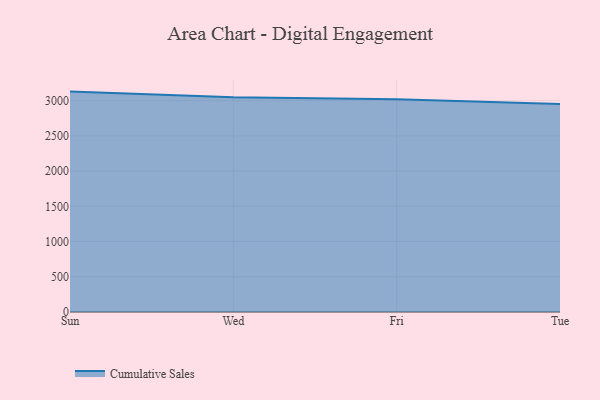
{"axis": {"x": "Day", "y": "Market Share (%)"}, "legend": ["Cumulative Sales"], "data": [{"x": "Sun", "y": 3127.8, "type": "Cumulative Sales"}, {"x": "Wed", "y": 3046.5, "type": "Cumulative Sales"}, {"x": "Fri", "y": 3019.9, "type": "Cumulative Sales"}, {"x": "Tue", "y": 2951.9, "type": "Cumulative Sales"}]}